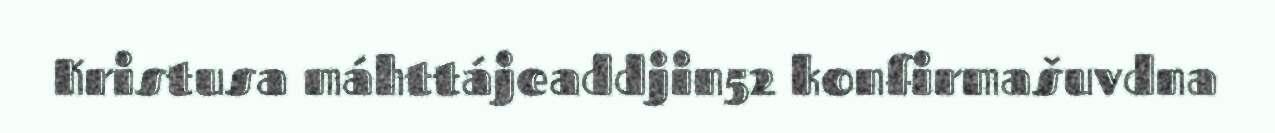
Kristusa máhttájeaddjin52 konfirmašuvdna